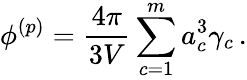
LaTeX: \phi^{(p)}=\frac{4\pi}{3V}\sum_{c=1}^{m}a_{c}^{3}\gamma_{c}\, .